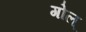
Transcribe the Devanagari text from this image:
गोल्